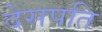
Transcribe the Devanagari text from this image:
देसपति